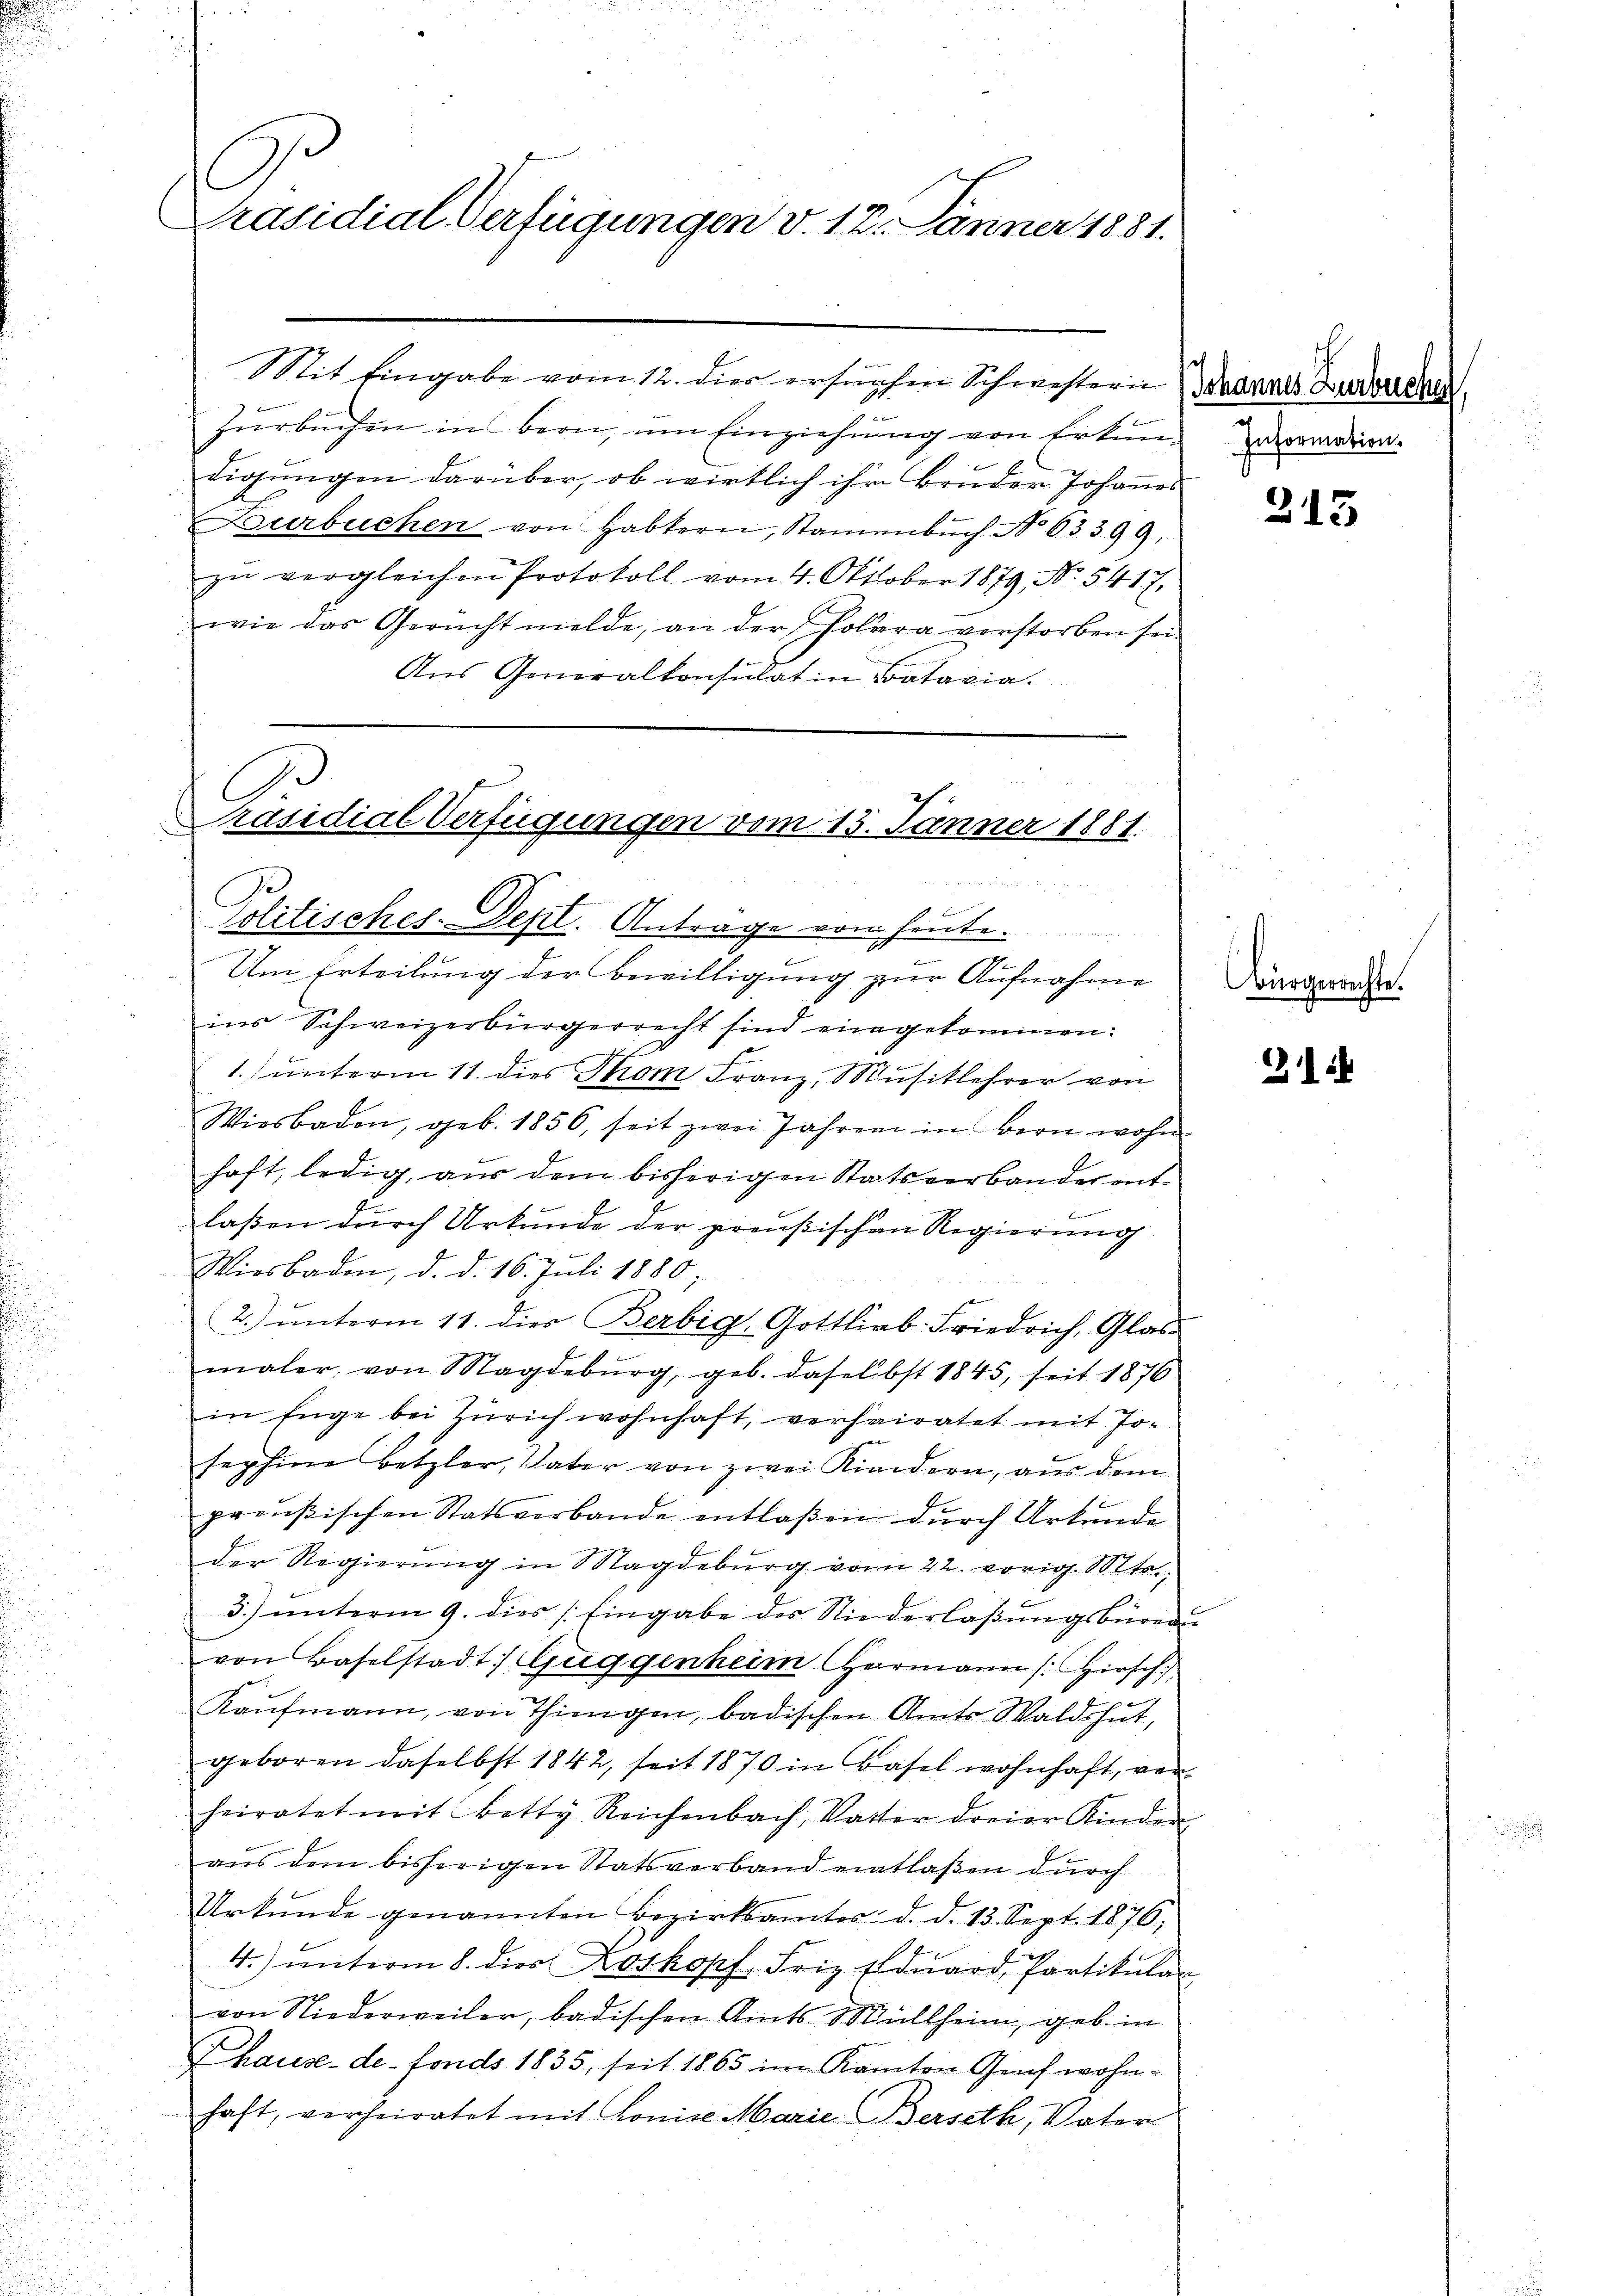
C
räsidial-Verfügungen v. 12. Jänner 1881.

Mit Eingabe vom 12. dies ersuchen Schwestern daraus Luderechen
Zurbuchen in Bern, um Einziehung von Erkun-
digungen darüber, ob wirklich ihr Bruder Johannes
Durbuchen von Habkern, Samenbŭch No 63399,
zŭ vergleichen Protokoll vom 4. Oktober 1879, No. 5417.
wie das Gericht melde, an der holera verstorben sei
Aus Generalkonsulat in Batavia.

Präsidial-Verfügungen vom 15. Jänner 1881.
Politisches-Dept. Antrage von heute.

e
Um Erteilung der Bewilligung zur Aufnahme
ins Schweizerbürgerrecht sind eingekommen:
1) unterm 11. dies Tom Franz, Musiklehrer von
Wiesbaden, geb. 1856 seit zwei Jahren in Bern wohn
haft, ledig, aus dem bisherigen Statsverbander entlaßen durch Urkunde der preußischen Regierung
Wiesbaden, d. d. 16. Juli 1880
2. ŭnterm 11. dies Berbig, Gottlieb. Friedrich, Glas-
maler, von Magdeburg, geb. daselbst 1845, seit 1876
in Enge bei Zürich wohnhaft, verheiratet mit Josephine Betzler, Vater von zwei Kindern, aus dem
preußischen Statsverbande entlaßen dŭrch Urkunde
der Regierŭng in Magdeburg vom 22. vorig. Mts.,
3) unterm 9. dies Eingabe der Niederlaßungsbüreau
von Baselstadt: Guggenheim Hermann (Hirsch
Kaŭfmann, von Thiengen, badischen Amts Waldshut,
geboren daselbst 1842, seit 1870 in Basel wohnhaft, ver-
heiratet mit Betty Reichenbach, Vatter dreier Kinder
aus dem bisherigen Statsverband eintlaßen dŭrch
Urkŭnde genannten Bezirksamtes. d. d. 13. Sept. 1876,
4.) unterm 8. dies Zoskopf, Friz Edŭard, Partikula
von Niederweiler, badischen Amts Müllheim, geb. in
Thause de fonds 1835, seit 1865 im Kanton Genf wohnhaft, verheiratet mit Konire Marie Berseth, Vater

Information.

213

Bürgerrechte.

:4